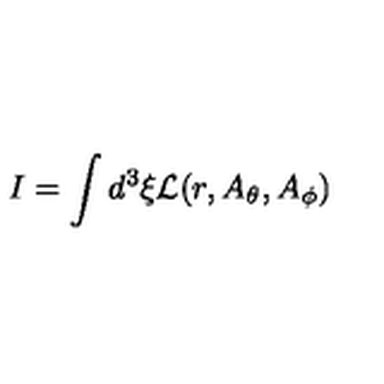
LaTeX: I = \int d ^ { 3 } \xi { \cal L } ( r , A _ { \theta } , A _ { \phi } )